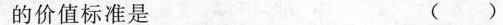
的价值标准是 ()